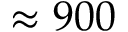
\approx 9 0 0